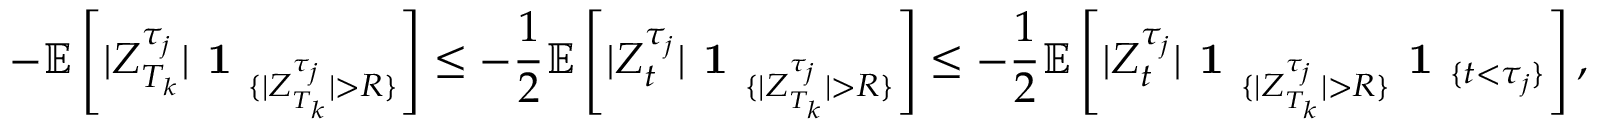
- \mathbb { E } \left[ | Z _ { T _ { k } } ^ { \tau _ { j } } | \textbf { 1 } _ { \{ | Z _ { T _ { k } } ^ { \tau _ { j } } | > R \} } \right] \leq - \frac { 1 } { 2 } \mathbb { E } \left[ | Z _ { t } ^ { \tau _ { j } } | \textbf { 1 } _ { \{ | Z _ { T _ { k } } ^ { \tau _ { j } } | > R \} } \right] \le - \frac { 1 } { 2 } \mathbb { E } \left[ | Z _ { t } ^ { \tau _ { j } } | \textbf { 1 } _ { \{ | Z _ { T _ { k } } ^ { \tau _ { j } } | > R \} } \textbf { 1 } _ { \{ t < \tau _ { j } \} } \right] ,